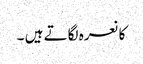
کا نعرہ لگاتے ہیں ۔